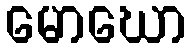
မောဃော